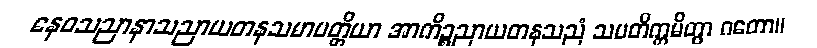
နေဝသညာနာသညာယတနသမာပတ္တိယာ အာကိဉ္စညာယတနသညံ သမတိက္ကမိတွာ ဂတော။